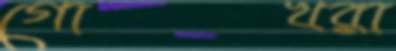
গোখরা